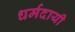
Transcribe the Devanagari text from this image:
धर्मदायी